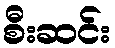
စီးဆင်း